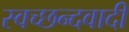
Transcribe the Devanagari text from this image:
स्वच्छन्दवादी